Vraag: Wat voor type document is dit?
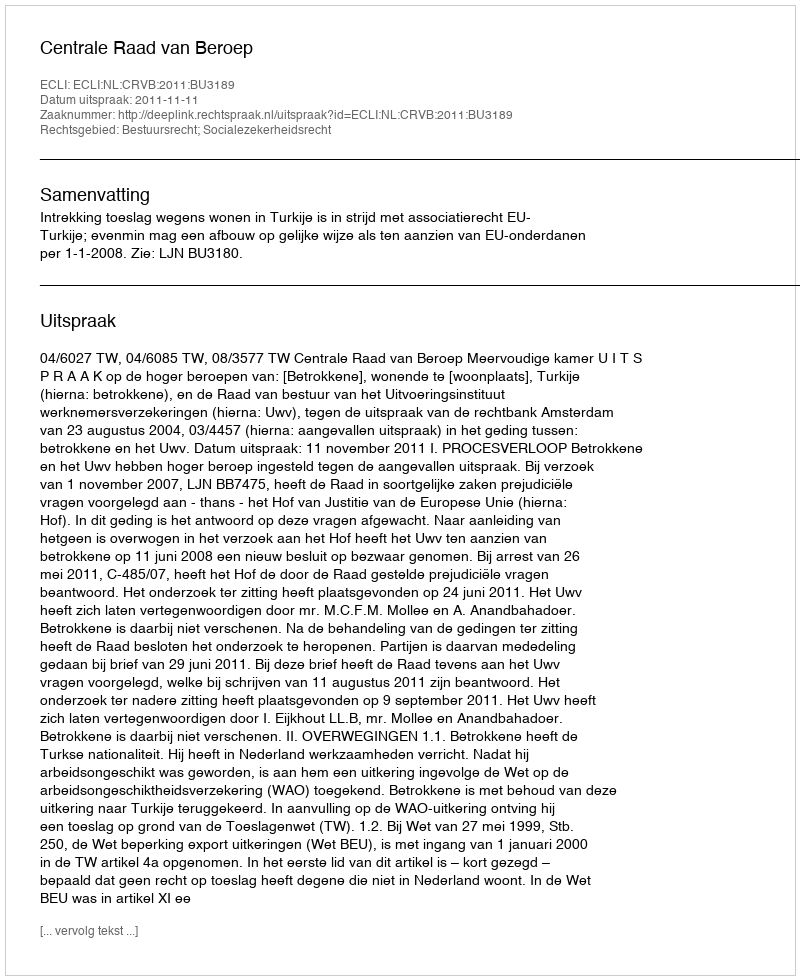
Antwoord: Uitspraak